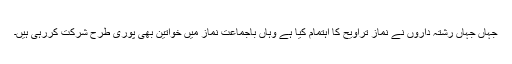
جہاں جہاں رشتہ داروں نے نماز تراویح کا اہتمام کیا ہے وہاں باجماعت نماز میں خواتین بھی پوری طرح شرکت کررہی ہیں۔